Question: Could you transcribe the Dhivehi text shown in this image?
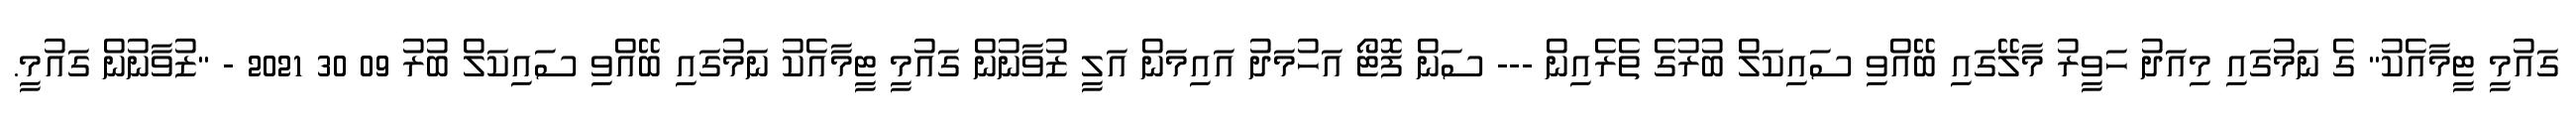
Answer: ގައުމީ ޓީމާއެކު" ގެ ނަމުގައި މިއަދު ހަވީރު މާލޭގައި ބޭއްވި ސައިކަލް ބުރުގެ ތެރެއިން --- ސަން ފޮޓޯ އަހުމަދު އައިމަން އަލީ ޒުވާނުން ގައުމީ ޓީމާއެކު ނަމުގައި ބޭއްވި ސައިކަލް ބުރު 09 30 2021 - "ޒުވާނުން ގައުމީ.